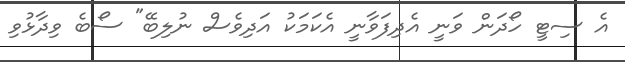
އެ ސިޓީ ހޯދަން ވަނީ އެދިފަވާނީ އެކަމަކު އަދިވެސް ނުލިބޭ" ސޯބެ ވިދާޅުވި